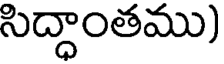
సిద్ధాంతము)